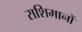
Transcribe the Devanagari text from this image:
राशिमानों